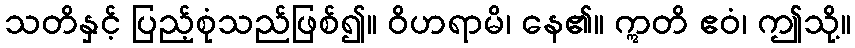
သတိနှင့် ပြည့်စုံသည်ဖြစ်၍။ ဝိဟရာမိ၊ နေ၏။ ဣတိ ဧဝံ၊ ဤသို့။